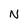
Character: N